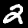
Digit: 2